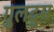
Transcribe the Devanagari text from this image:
गुलदुम